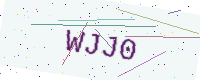
Text: WJJ0